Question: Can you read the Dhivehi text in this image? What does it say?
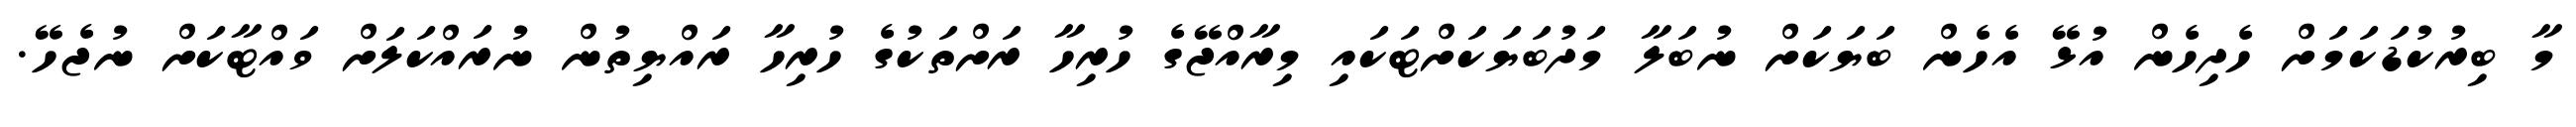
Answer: މާ ބިރުކުޑަކަމަށް ހެދިހެން އުޅޭ އެހެން ބަޔަކަށް ނުބަލާ މަދުބަޔަކަށްޓަކައި މިރާއްޖޭގެ ހުރިހާ ރަށްތަކުގެ ހުރިހާ ރައްޔިތުން ނުރައްކަލަށް ވައްޓާކަށް ނުޖެހޭ.